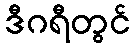
ဒီဂရီတွင်